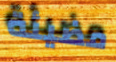
مضيئة